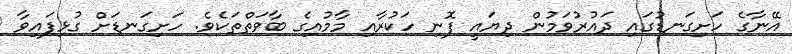
އޭނާގެ ހަށިގަނޑުގައި ދައުރުވަމުން ދިޔައީ ފޮނި ހަކުރާއި މާމުއިގެ ބާވަތްތަކެވެ. ހަށިގަނޑަށް ގުޅިފައިވާ